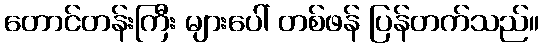
တောင်တန်းကြီး များပေါ် တစ်ဖန် ပြန်တက်သည်။